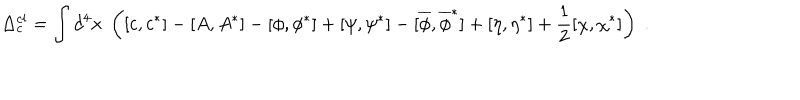
\Delta _ { c } ^ { c l } = \int d ^ { 4 } x \; \left( [ c , c ^ { * } ] - [ A , A ^ { * } ] - [ \phi , \phi ^ { * } ] + [ \psi , \psi ^ { * } ] - [ \overline { { { \phi } } } , \overline { { { \phi } } } ^ { * } ] + [ \eta , \eta ^ { * } ] + \frac 1 2 [ \chi , \chi ^ { * } ] \right) \; .